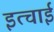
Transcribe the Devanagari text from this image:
इत्चाई